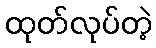
ထုတ်လုပ်တဲ့